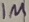
Text: 1M